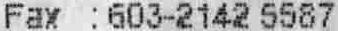
FAX : 603-2142 5587